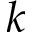
k